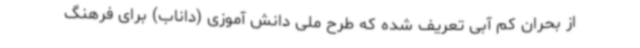
از بحران کم آبی تعریف شده که طرح ملی دانش آموزی (داناب) برای فرهنگ